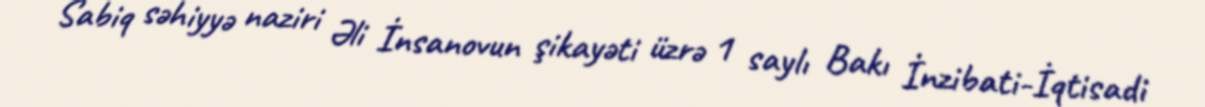
Sabiq səhiyyə naziri Əli İnsanovun şikayəti üzrə 1 saylı Bakı İnzibati-İqtisadi